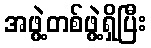
အဖွဲ့တစ်ဖွဲ့ရှိပြီး